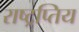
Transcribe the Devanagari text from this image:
राष्ट्रप्तिय